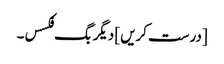
[درست کریں] دیگر بگ فکسس۔